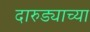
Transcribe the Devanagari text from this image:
दारुड्याच्या